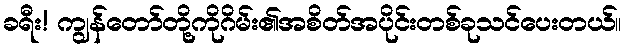
ခရီး! ကျွန်တော်တို့ကိုဂိမ်း၏အစိတ်အပိုင်းတစ်ခုသင်ပေးတယ်။